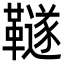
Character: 𩍚